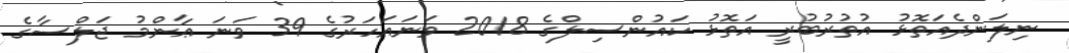
ނިލަންދެއަތޮޅު އުތުރުބުރީ އަތޮޅު ކައުންސިލްގެ 2018 ވަނައަހަރުގެ 39 ވަނަ ޢާންމު ޖަލްސާގެ